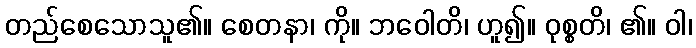
တည်စေသောသူ၏။ စေတနာ၊ ကို။ ဘဝေါတိ၊ ဟူ၍။ ဝုစ္စတိ၊ ၏။ ဝါ၊